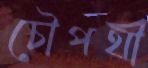
চৌপথী